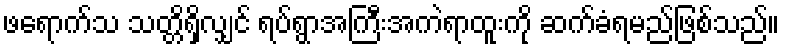
ဖရောက်သ သတ္တိရှိလျှင် ရပ်ရွာအကြီးအကဲရာထူးကို ဆက်ခံရမည်ဖြစ်သည်။